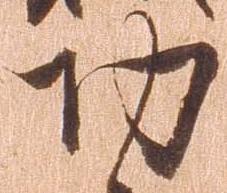
功